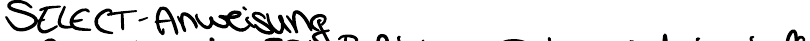
SELECT-Anweisung